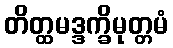
တိတ္ထမဒ္ဒက္ခိမုတ္တမံ